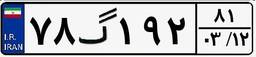
۷۸گ۱۹۲۸۱